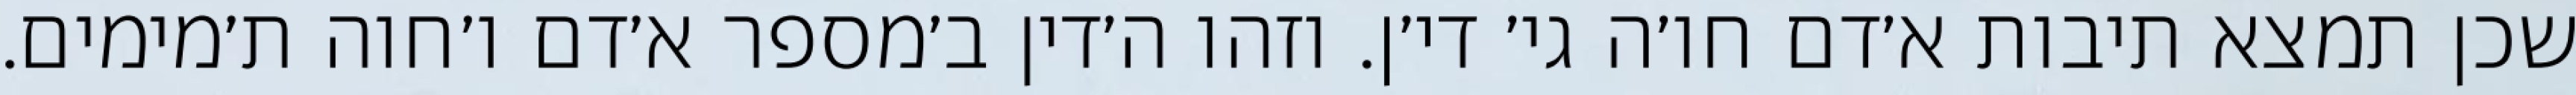
שכן תמצא תיבות א׳דם חו׳ה גי׳ די׳ן. וזהו ה׳דין ב׳מספר א׳דם ו׳חוה ת׳מימים.